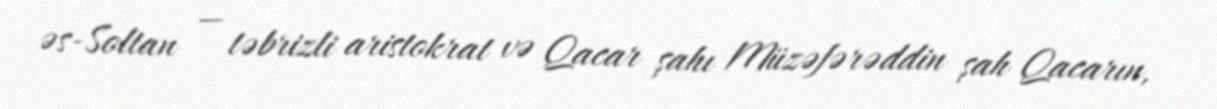
əs-Soltan — təbrizli aristokrat və Qacar şahı Müzəfərəddin şah Qacarın,